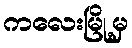
ကလေးမြို့မှ